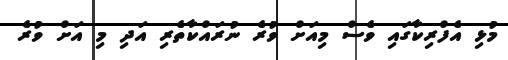
މުޅި އެފްރިކާގައި ވެސް މިއަށް ވުރެ ނުރައްކާތެރި އަދި މި އަށް ވުރެ